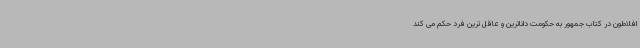
افلاطون در کتاب جمهور به حکومت داناترین و عاقل ترین فرد حکم می کند